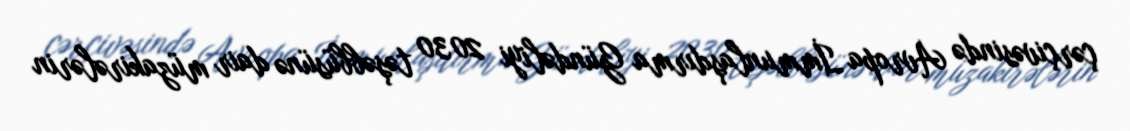
çərçivəsində Avropa İmmunlaşdırma Gündəliyi 2030 təşəbbüsünə dair müzakirələrin